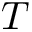
T